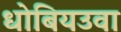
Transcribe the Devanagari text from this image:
धोबियउवा